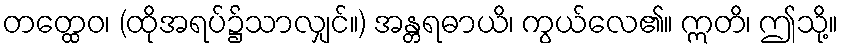
တတ္ထေဝ၊ (ထိုအရပ်၌သာလျှင်။) အန္တရဓာယိ၊ ကွယ်လေ၏။ ဣတိ၊ ဤသို့။